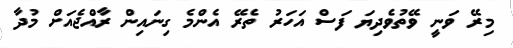
މިރޭ ވަނީ ވޭތުވެދިޔަ ފަސް އަހަރު ތެރޭ އެންމެ ގިނައިން ރާއްޖެއަށް މުދާ